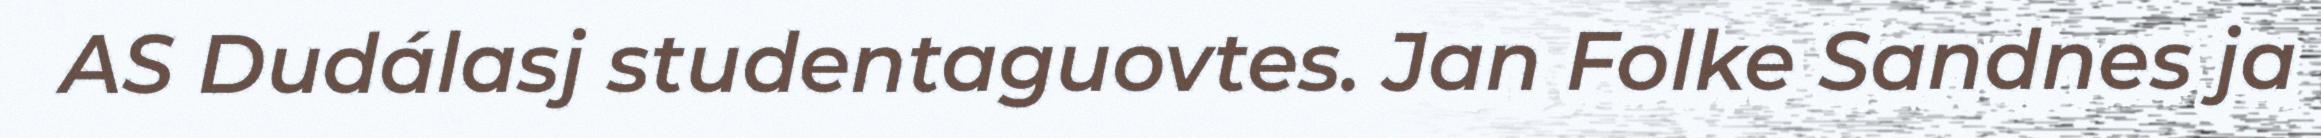
AS Dudálasj studentaguovtes. Jan Folke Sandnes ja